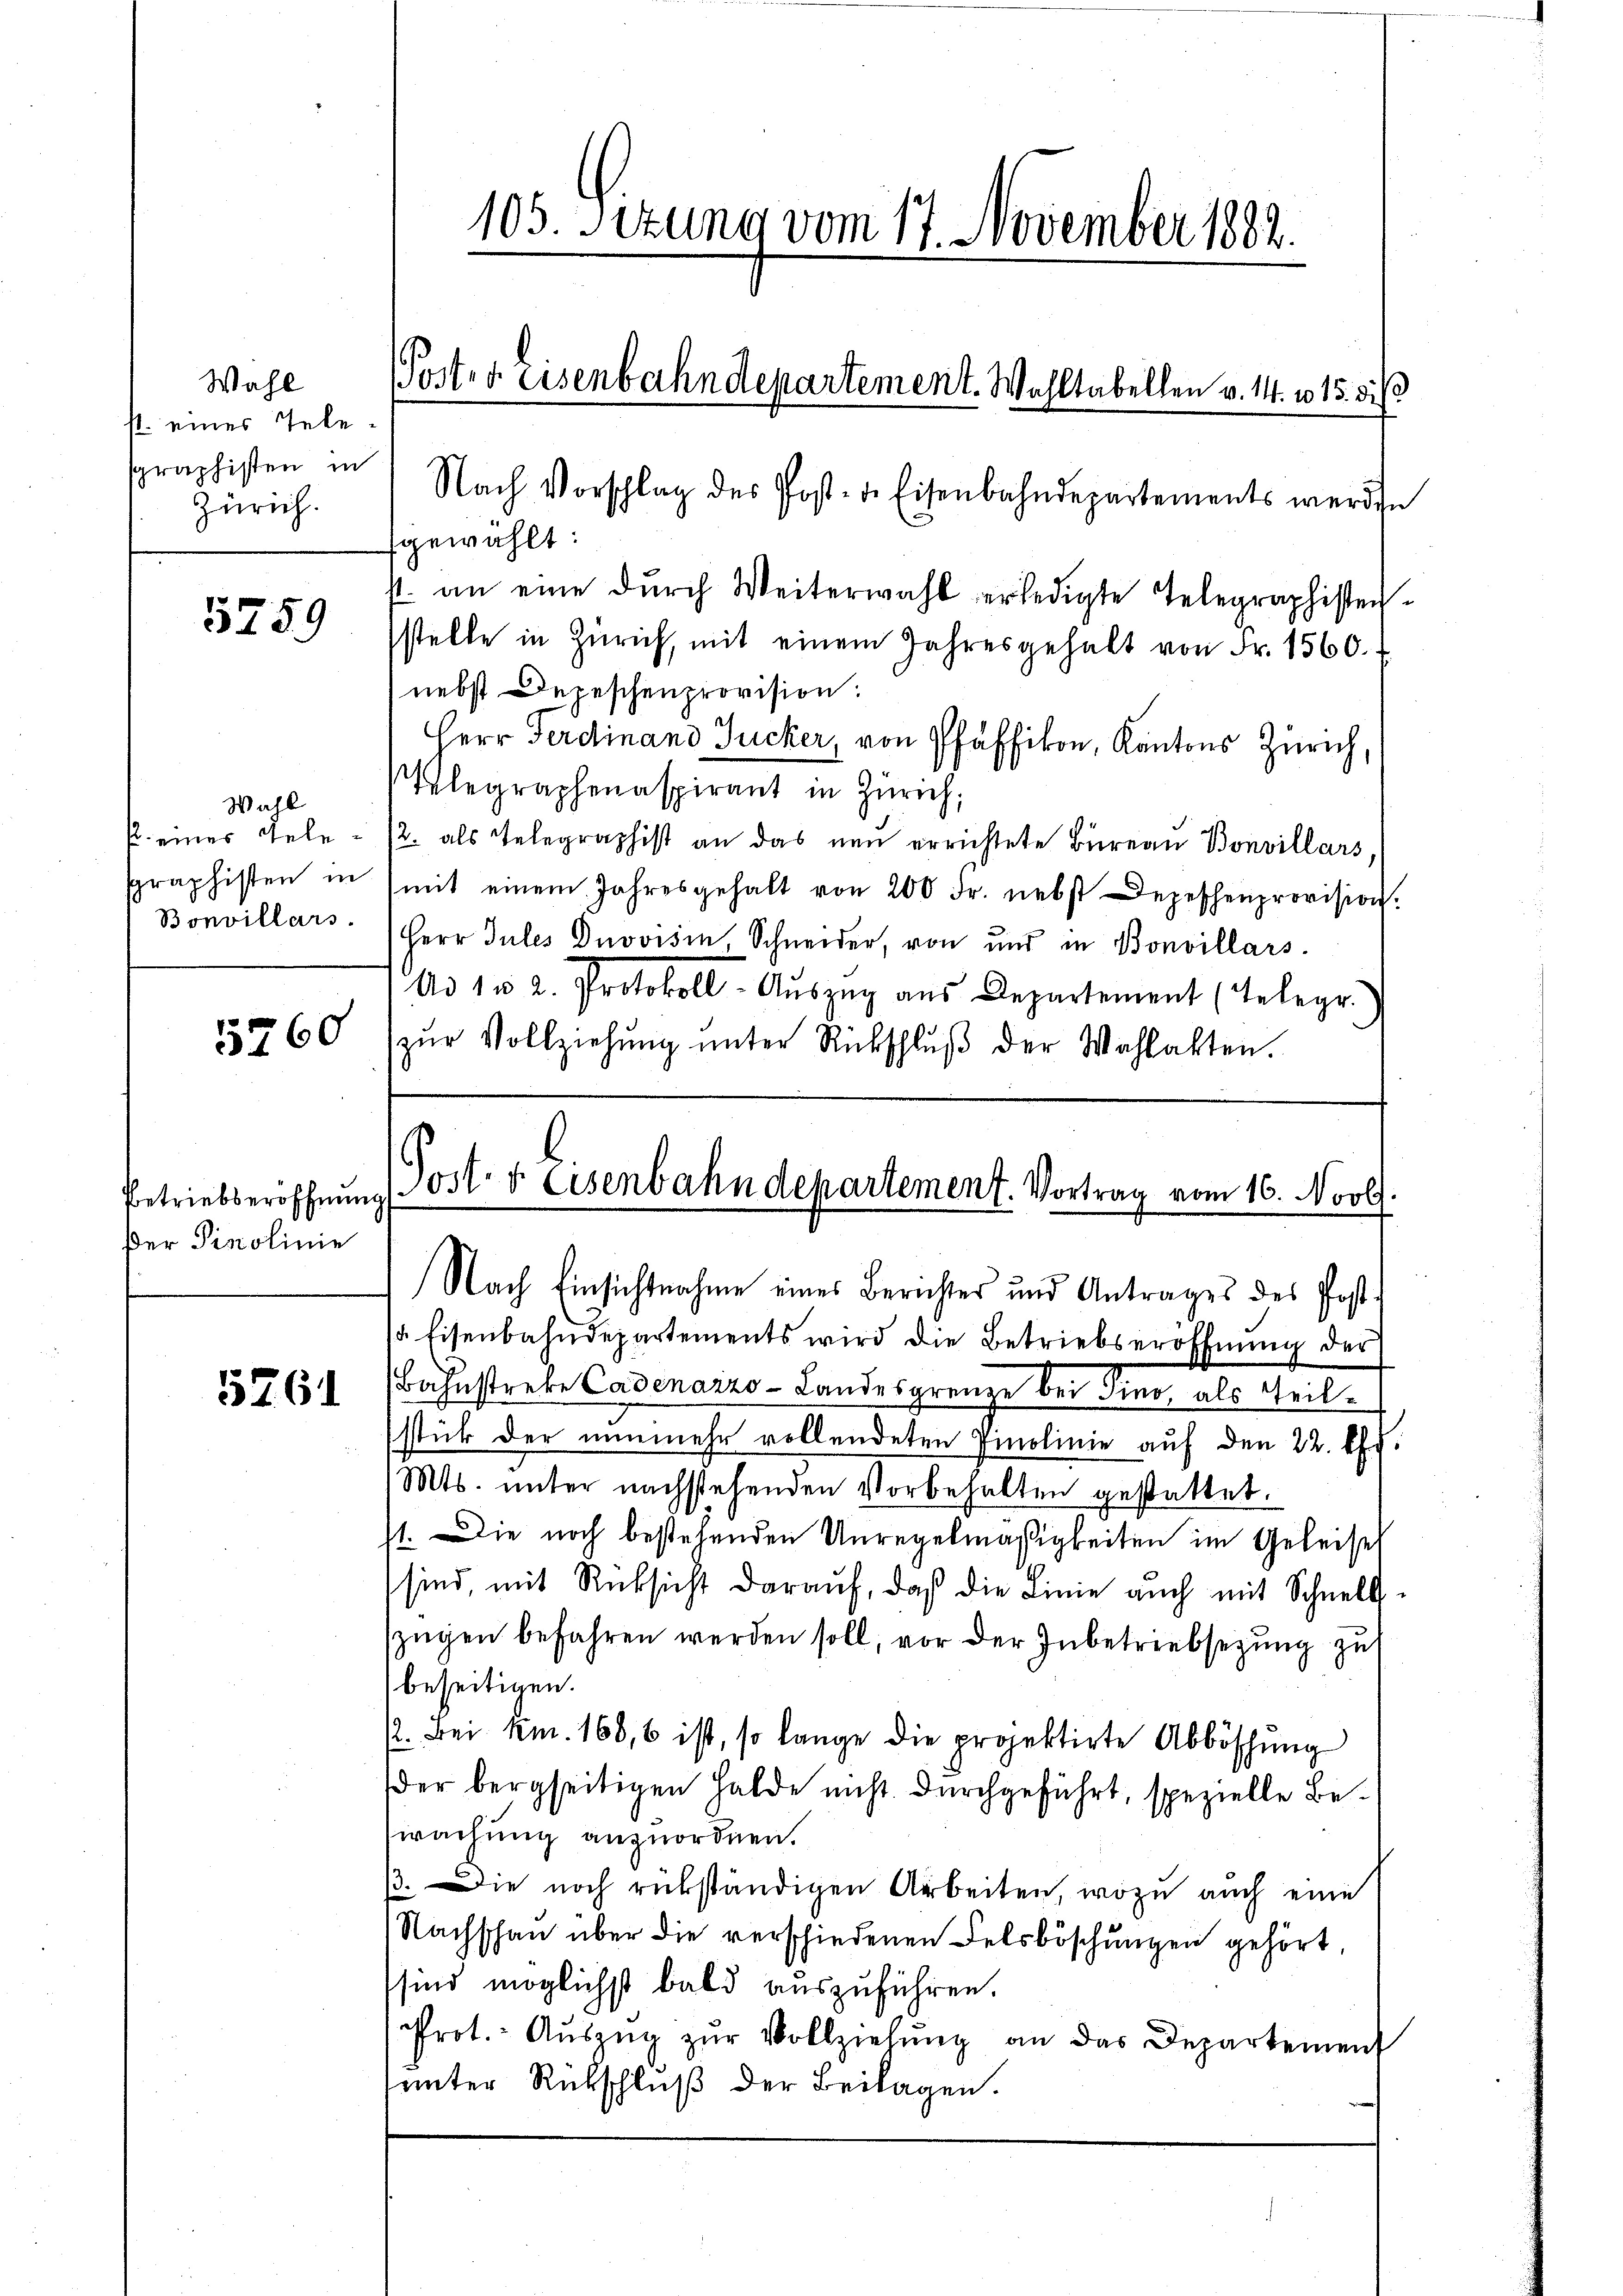
Wahl
s. eines Telesgraphisten in
Zürich.

5259

Wahl
p. eines Gele¬
Bonvillars.

5260

Betriebseröffnung
Der Pinolinie

5761

Nach Vorschlag des Post- de Eisenbahndepartements werden
gewählt:
f. an eine durch Weiterwahl erledigte Telegraphistensstelle in Zürich, mit einem Jahresgehalt von Fr. 1560.
nebst Depeschenprovision:
Herr Ferdinand Zucker, von Pfäffikon, Kantons Zürich,
Klegraphenaspirant in Zürich;
/2. als Telegraphist an das neŭ errichtete Büreau Bonvillars,
sgraphisten in mit einem Jahresgehalt von 200 Fr. nebst Depeschenprovision.
Herr Jules Drovisin, Schneider, von und in Bonvillars
Ad 1 u 2. Protokoll- Aŭszŭg aŭs Departement (Telegr.
zŭr Vollziehŭng ŭnter Rückschlŭβ der Wahlakten.

105. Sizung vom 17. November 1882.

Poster Eisenbahndepartement. Wohltabellen v. 14. v. 15. dis

Post- & Eisenbahndepartement. Vortrag vom 16. Novb

Nach Einsichtnahme eines Berichter und Antrages des Post¬
 Eisenbahndepartements wird die Betriebseröffnŭng der
Bahnstreke Cadenarzo-Landesgrenze bei Pino, als Teilsstück der nunmehr vollendeten Pinolinie auf den 22. Off.
Mts. unter nachstehenden Vorbehalten gestattet.
st. Die noch bestehenden Unregelmäßigkeiten im Geleise
sind, mit Rücksicht darauf, daß die Linie auch mit Schnell
szügen befahren werden soll, vor der Inbetriebsezung zu
beseitigen.
2. Bei kn. 160, 6 ist, so lange die projektirte Abböschung
der bergseitigen Halde nicht durchgeführt, spezielle Bewachung anzuordnen.
ß. Die noch rükständigen Arbeiten, wozu auch eine
Nachschau über die verschiedenen Felsböschungen gehört,
sind möglichst bald auszuführen.
Prot. Aŭszŭg zŭr Vollziehŭng an das Departement
unter Rückschluß der Beilagen.